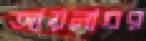
আয়নাঘর